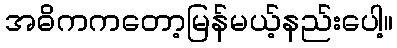
အဓိကကတော့မြန်မယ့်နည်းပေါ့။